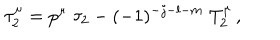
LaTeX: \tau _ { 2 } ^ { \mu } = p ^ { \mu } \; \tau _ { 2 } - ( - 1 ) ^ { - j - l - m } \; T _ { 2 } ^ { \mu } \, ,